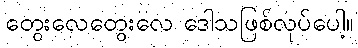
တွေးလေတွေးလေ ဒေါသဖြစ်လုပ်ပေါ့။